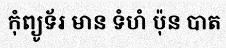
កុំព្យូទ័រ មាន ទំហំ ប៉ុន បាត